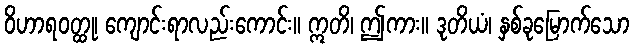
ဝိဟာရဝတ္ထု၊ ကျောင်းရာလည်းကောင်း။ ဣတိ၊ ဤကား။ ဒုတိယံ၊ နှစ်ခုမြောက်သော